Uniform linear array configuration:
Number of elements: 24
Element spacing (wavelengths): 1
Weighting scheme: exponential
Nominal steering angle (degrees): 45
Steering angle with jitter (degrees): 45.953
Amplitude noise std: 0.05
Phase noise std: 0.05

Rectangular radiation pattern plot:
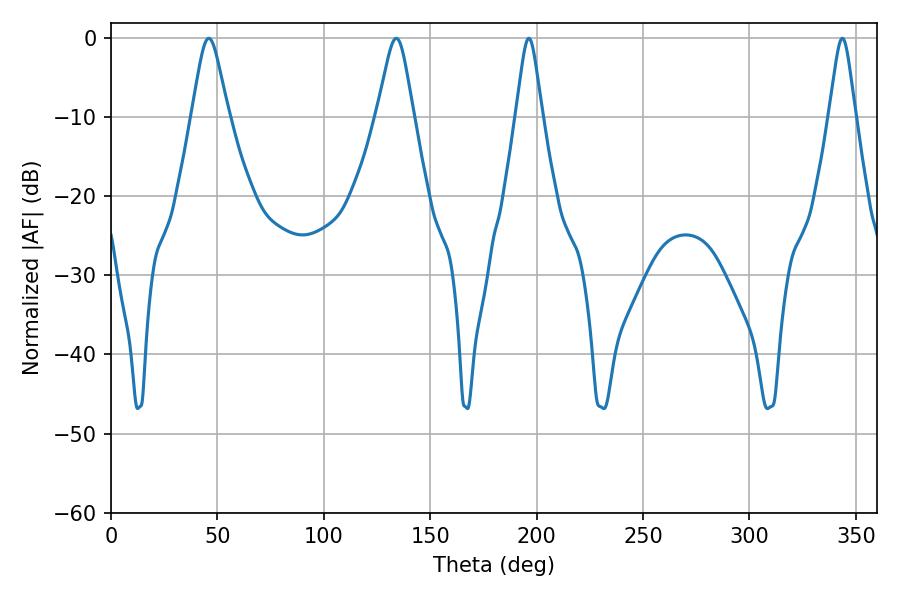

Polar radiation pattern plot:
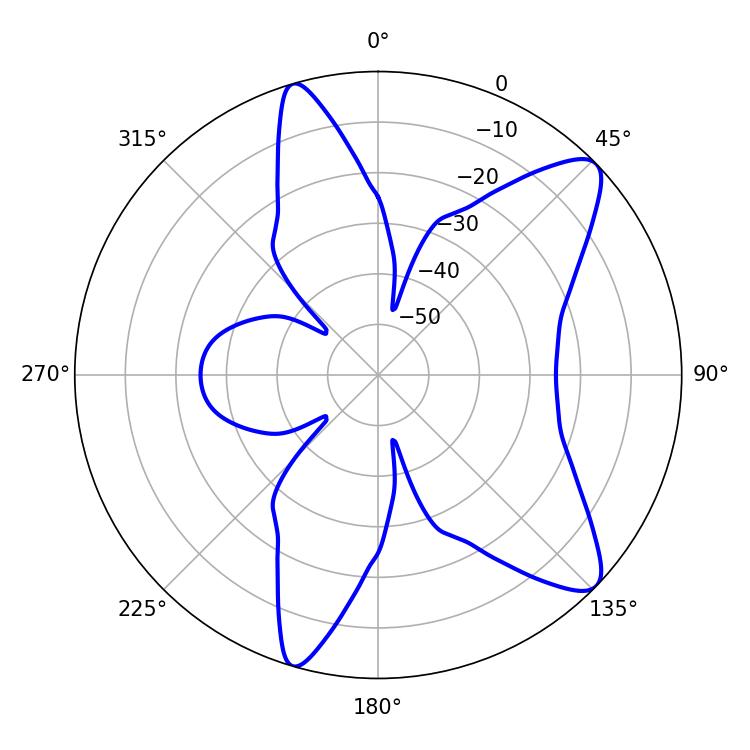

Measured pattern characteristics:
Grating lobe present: TRUE
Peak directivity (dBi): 10.329
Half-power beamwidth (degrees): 8.28
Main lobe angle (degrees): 45.9